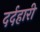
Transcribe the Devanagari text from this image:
दर्दहारी